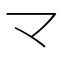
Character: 龴